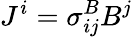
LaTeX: J^{i}=\sigma_{ij}^{B}B^{j}